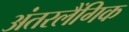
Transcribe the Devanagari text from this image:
अंतरलैंगिक